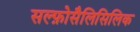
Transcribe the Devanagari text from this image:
सल्फ़ोसैलिसिलिक